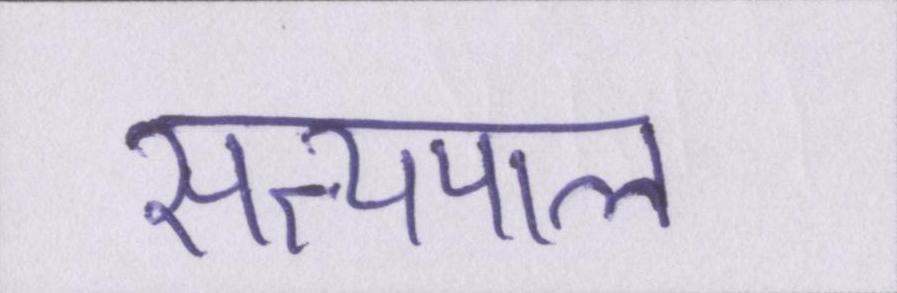
सत्यपाल